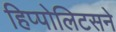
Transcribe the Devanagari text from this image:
हिप्पोलिटसने